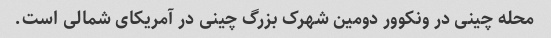
محله چینی در ونکوور دومین شهرک بزرگ چینی در آمریکای شمالی است.